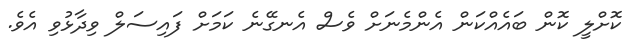
ކޮށްލީ ކޮން ބައެއްކަން އެންމެނަށް ވެސް އެނގޭނެ ކަމަށް ފައިސަލް ވިދާޅުވި އެވެ.